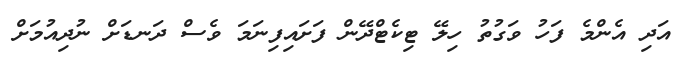
އަދި އެންމެ ފަހު ވަގުތު ހިލޭ ޓިކެޓްދޭން ފަށައިފިނަމަ ވެސް ދަނޑަށް ނުދިއުމަށް